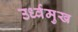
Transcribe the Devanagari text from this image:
उर्ध्वमुख